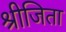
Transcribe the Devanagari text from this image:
श्रीजिता